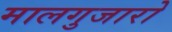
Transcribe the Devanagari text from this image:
मालगुजारो